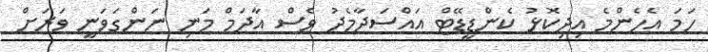
ހަމަ އެހެންމެ އިދިކޮޅު ކެންޑީޑޭޓް އައްސަދާމެދު ވެސް އާދަމް މަނި ނަންގަވަނީ ވަރަށް